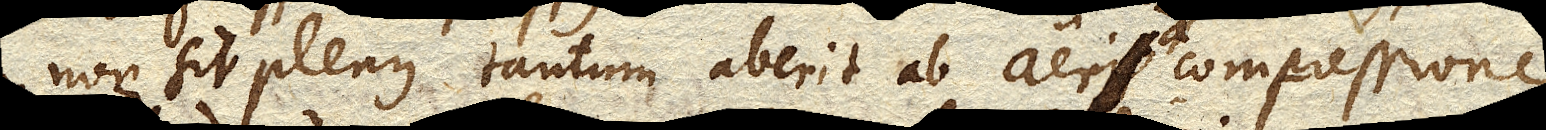
non sit plenus tantum aberit ab aer a compressione